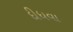
દીધવા